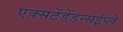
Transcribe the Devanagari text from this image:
एक्सटेंडेंडन्सईप्ले